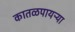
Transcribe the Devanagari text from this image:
कातळपायऱ्या